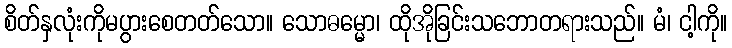
စိတ်နှလုံးကိုမပွားစေတတ်သော။ သောဓမ္မော၊ ထိုအိုခြင်းသဘောတရားသည်။ မံ၊ ငါ့ကို။